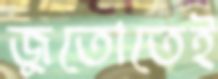
জুতোতেই